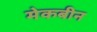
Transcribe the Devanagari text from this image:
मेकबीन